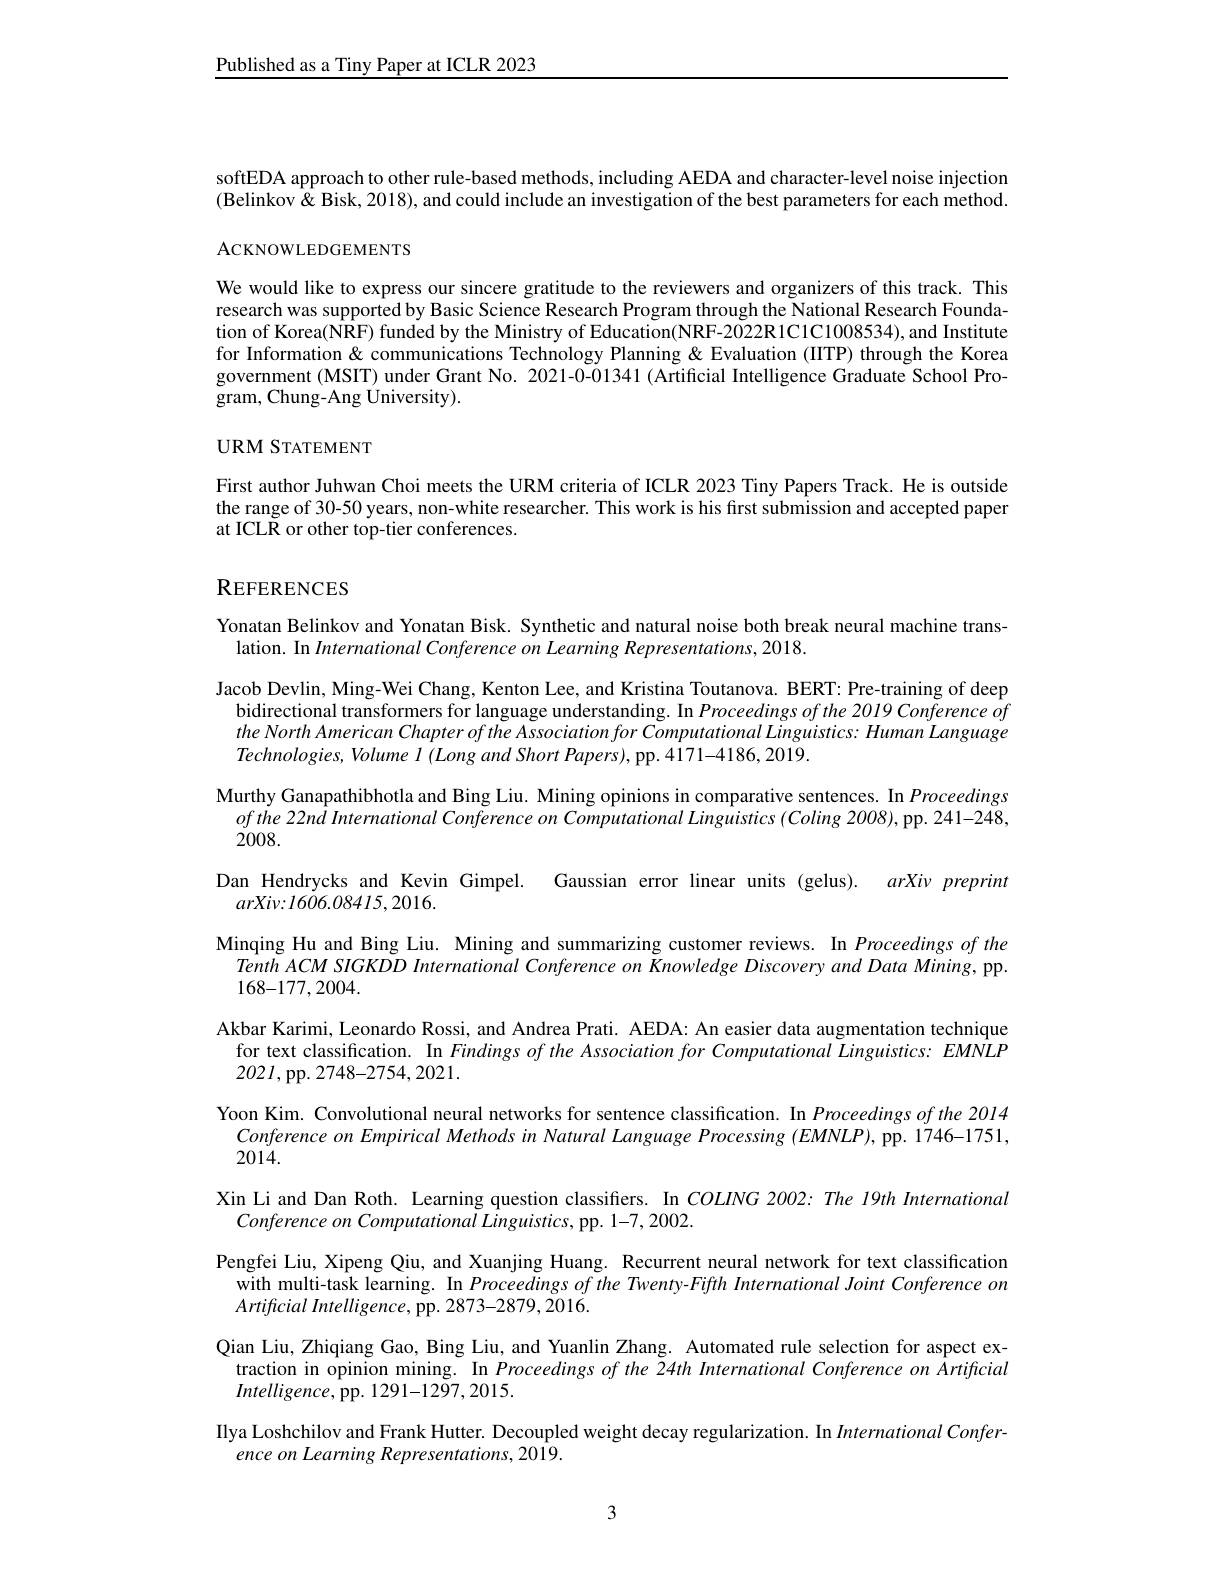
Published as a Tiny Paper at ICLR 2023

softEDA approach to other rule-based methods, including AEDA and character-level noise injection (Belinkov& Bisk, 2018), and could include an investigation of the best parameters for each method.

ACKNOWLEDGEMENTS

We would like to express our sincere gratitude to the reviewers and organizers of this track. This research was supported by Basic Science Research Program through the National Research Foundation of Korea(NRF) funded by the Ministry of Education(NRF-2022R1C1C1008534), and Institute for Information& communications Technology Planning& Evaluation (IITP) through the Korea government (MSIT) under Grant No. 2021-0-01341 (Artificial Intelligence Graduate School Program, Chung-Ang University).

URM STATEMENT

First author Juhwan Choi meets the URM criteria of ICLR 2023 Tiny Papers Track. He is outside the range of 30-50 years, non-white researcher. This work is his first submission and accepted paper at ICLR or other top-tier conferences.

## REFERENCES

Yonatan Belinkov and Yonatan Bisk. Synthetic and natural noise both break neural machine trans-
lation. In International Conference on Learning Representations, 2018.
Jacob Devlin, Ming-Wei Chang, Kenton Lee, and Kristina Toutanova. BERT: Pre-training of deep
bidirectional transformers for language understanding. In Proceedings of the 2019 Conference of $the\textit{North American Chapter of the Association for Computational Linguistics: Human Language}$ $Technologies, Volume I ( Long and Short Papers) , $pp. 4171- 4186, 2019.
Murthy Ganapathibhotla and Bing Liu. Mining opinions in comparative sentences. In Proceedings
ofthe $22nd$ International Conference $on$ Computational Linguistics $( Coling$ 2008),pp. 241-248,
2008.
Dan Hendrycks and Kevin Gimpel. Gaussian error linear units (gelus). arXiv preprint
$arXiv{:}1606.08415,2016.$
Minqing Hu and Bing Liu. Mining and summarizing customer reviews. In Proceedings of the Tenth ACM SIGKDD International Conference on Knowledge Discovery and Data Mining, pp. 168-177,2004.
Akbar Karimi, Leonardo Rossi, and Andrea Prati. AEDA: An easier data augmentation technique for text classification. In Findings of the Association for Computational Linguistics: EMNLP $202I$,pp. 2748-2754,2021.
Yoon Kim. Convolutional neural networks for sentence classification. In Proceedings of the 2014 Conference on Empirical Methods in Natural Language Processing (EMNLP), pp. 1746-1751, 2014.
Xin Li and Dan Roth. Learning question classifiers. In $COLING$ 2002: The 19th International
Conference on Computational Linguistics, pp. 1-7, 2002.
Pengfei Liu, Xipeng Qiu, and Xuanjing Huang. Recurrent neural network for text classification
with multi-task learning. In Proceedings of the Twenty-Fiffh International Joint Conference on
$Artificial Intelligence, $pp. 2873- 2879, 2016.
Qian Liu, Zhiqiang Gao, Bing Liu, and Yuanlin Zhang. Automated rule selection for aspect extraction in opinion mining. In Proceedings of the 24th International Conference on Årtificial $Intelligence$,pp. 1291-1297,2015.
Ilya Loshchilov and Frank Hutter. Decoupled weight decay regularization. In International Confer-
ence on Learning Representations, 2019.

3